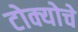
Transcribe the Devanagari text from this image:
टोक्योचे